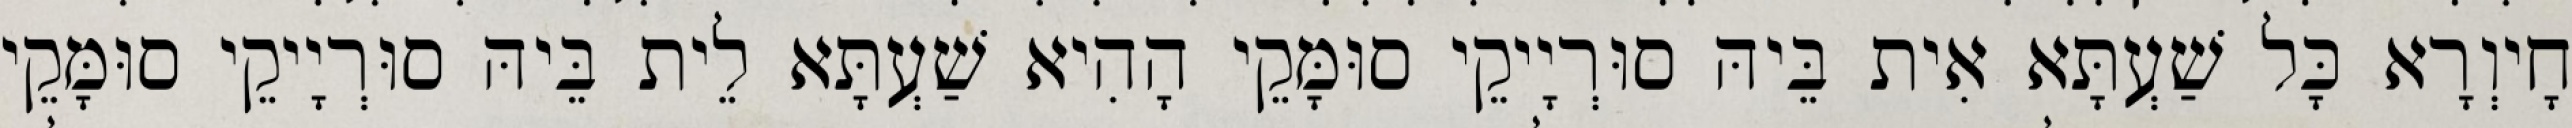
חָיוְרָא כָּל שַׁעְתָּא אִית בֵּיהּ סוּרְיָיקֵי סוּמָּקֵי הָהִיא שַׁעְתָּא לֵית בֵּיהּ סוּרְיָיקֵי סוּמָּקֵי